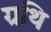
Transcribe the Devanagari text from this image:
ग्रथि